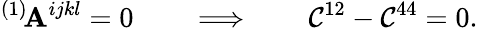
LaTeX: {}^{(1)}\! \mathbf{A}^{ijkl}=0\qquad\Longrightarrow\qquad\mathcal{C}^{12}-\mathcal{C}^{44}=0.